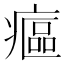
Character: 𤹪